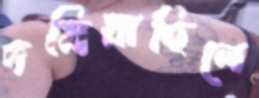
দমিয়াছিলে